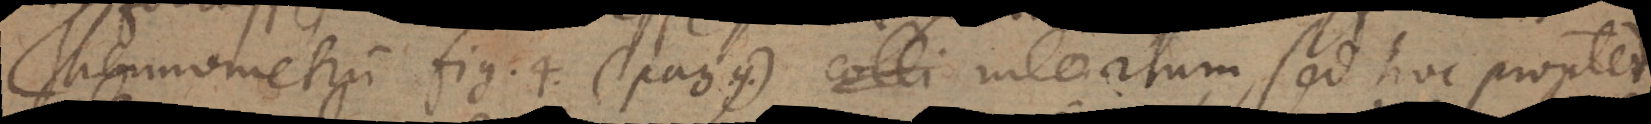
Thermometrum fig. 4. (pag. 9.) colli intortum, sed hoc propter